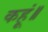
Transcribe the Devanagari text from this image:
कहूं॥